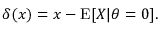
\delta ( x ) = x - \operatorname { E } [ X | \theta = 0 ] .